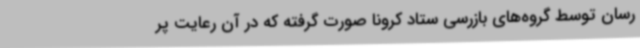
رسان توسط گروه‌های بازرسی ستاد کرونا صورت گرفته که در آن رعایت پر